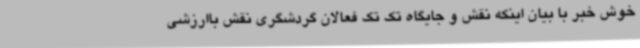
خوش خبر با بیان اینکه نقش و جایگاه تک تک فعالان گردشگری نقش باارزشی